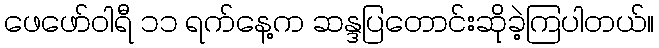
ဖေဖော်ဝါရီ ၁၁ ရက်နေ့က ဆန္ဒပြတောင်းဆိုခဲ့ကြပါတယ်။